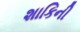
શાકિની